Leaving Certificate Examination, 1920
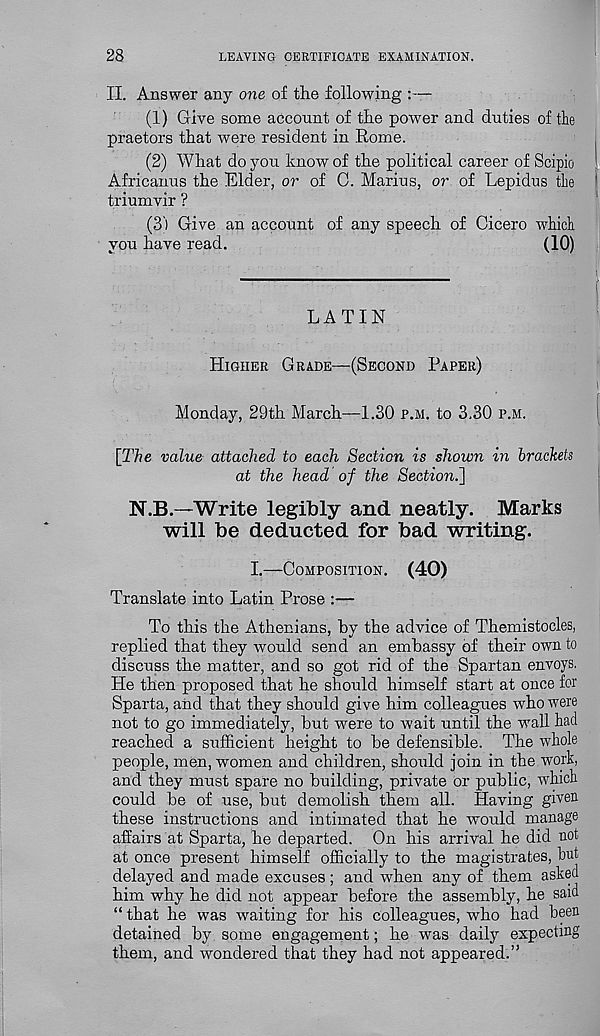
28
LEAVING CERTIFICATE EXAMINATION.
II. Answer any one of the following :—
(1) Give some account of the power and duties of the
praetors that were resident in Rome.
(2) What do you know of the political career of Scipio
Africanus the Elder, or of C. Marius, or of Lepidus the
triumvir ?
(S') Give an account of any speech of Cicero which
you have read.
(10)
LATIN
HIGHER GRADE—(SECOND PAPER)
Monday, 29th March—1.30 P.M. to 3.30 P.M.
[The value attached to each Section is shown in brackets
at the head of the Sectioni]
N.B.—Write legibly and neatly. Marks
will be deducted for bad writing.
I.—COMPOSITION.
(40)
Translate into Latin Prose :—
To this the Athenians, by the advice of Themistocles,
replied that they would send an embassy of their own to
discuss the matter, and so got rid of the Spartan envoys.
He then proposed that he should himself start at once for
Sparta, and that they should give him colleagues who were
not to go immediately, but were to wait until the wall had
reached a sufficient height to be defensible. The whole
people, men, women and children, should join in the work,
and they must spare no building, private or public, which
could be of use, but demolish them all. Having given
these instructions and intimated that he would manage
affairs at Sparta, he departed. On his arrival he did not
at once present himself officially to the magistrates, hut
delayed and made excuses; and when any of them asked
him why he did not appear before the assembly, he said
“ that he was waiting for his colleagues, who had been
detained by some engagement; he was daily expecting
them, and wondered that they had not appeared.”